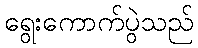
ရွေးကောက်ပွဲသည်